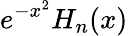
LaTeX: e^{-x^{2}}H_{n}(x)